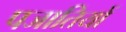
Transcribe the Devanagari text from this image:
पजातियों